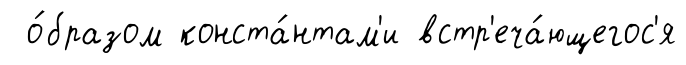
о́бразом конста́нтам'и встр'еча́ющегос'я